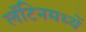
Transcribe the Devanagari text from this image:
लॅटिनमध्यें